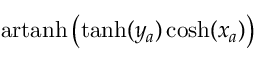
\operatorname { a r t a n h } \left( \operatorname { t a n h } ( y _ { a } ) \cosh ( x _ { a } ) \right)